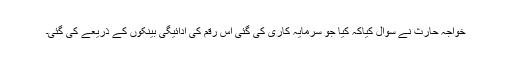
خواجہ حارث نے سوال کیاکہ کیا جو سرمایہ کاری کی گئی اس رقم کی ادائیگی بینکوں کے ذریعے کی گئی۔